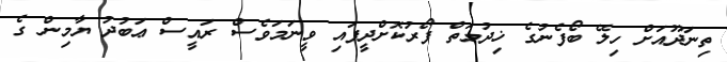
ތިނަދޫއަށް ހިލޭ ބޯފެނުގެ ޚިދުމަތް ފޯރުކޮށްދީފައި ވީނަމަވެސް ރައީސް ޢަބުދު ޔާމިން ގެ